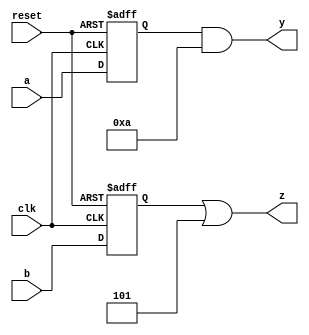
module cpld (
    input wire clk,          // Global clock signal
    input wire reset,        // Global reset signal
    input wire [3:0] a,      // Input to Logic Block 1
    input wire [3:0] b,      // Input to Logic Block 2
    output reg [3:0] y,      // Output from Logic Block 1
    output reg [3:0] z       // Output from Logic Block 2
);

// Logic Block 1
reg [3:0] lb1_ff; // Flip-flops for sequential logic in Logic Block 1

always @(posedge clk or posedge reset) begin
    if (reset) begin
        lb1_ff <= 4'b0000; // Reset flip-flops
    end else begin
        lb1_ff <= a; // Store input 'a' in flip-flops
    end
end

// Combinational logic for Logic Block 1
always @(*) begin
    y = lb1_ff & 4'b1010; // Example combinational logic (AND operation)
end

// Logic Block 2
reg [3:0] lb2_ff; // Flip-flops for sequential logic in Logic Block 2

always @(posedge clk or posedge reset) begin
    if (reset) begin
        lb2_ff <= 4'b0000; // Reset flip-flops
    end else begin
        lb2_ff <= b; // Store input 'b' in flip-flops
    end
end

// Combinational logic for Logic Block 2
always @(*) begin
    z = lb2_ff | 4'b0101; // Example combinational logic (OR operation)
end

endmodule